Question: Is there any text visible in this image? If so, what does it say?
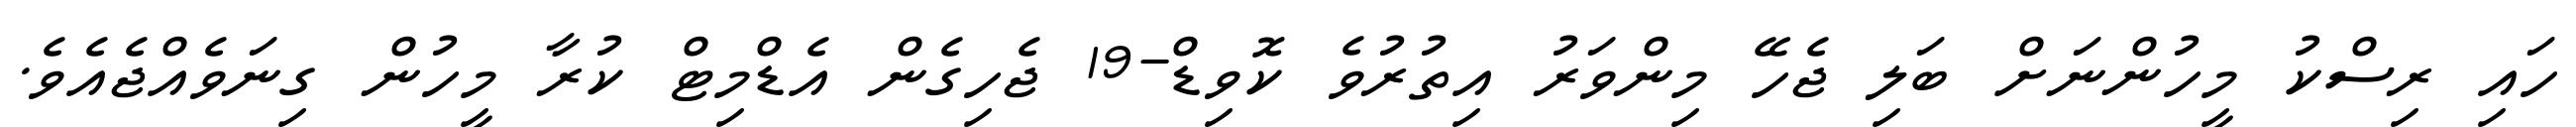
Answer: ހައި ރިސްކު މީހުންނަށް ބަލި ޖެހޭ މިންވަރު އިތުރުވެ ކޮވިޑް-19 ޖެހިގެން އެޑްމިޓް ކުރާ މީހުން ގިނަވެއްޖެއެވެ.